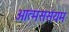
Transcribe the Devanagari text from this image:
आत्मससंयम